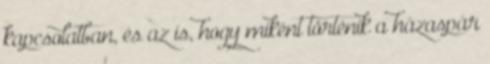
kapcsolatban, és az is, hogy miként történik a házaspár